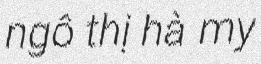
ngô thị hà my